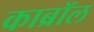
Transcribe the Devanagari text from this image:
काब्रॉल